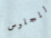
للجلوس